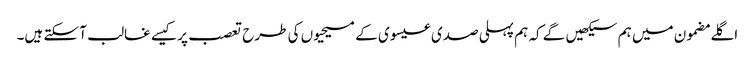
‏ اگلے مضمون میں ہم سیکھیں گے کہ ہم پہلی صدی عیسوی کے مسیحیوں کی طرح تعصب پر کیسے غالب آ سکتے ہیں۔